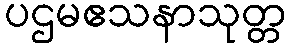
ပဌမဧသနာသုတ္တ